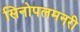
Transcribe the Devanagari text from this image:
सिनोपलमनरी